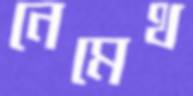
নেমেথ